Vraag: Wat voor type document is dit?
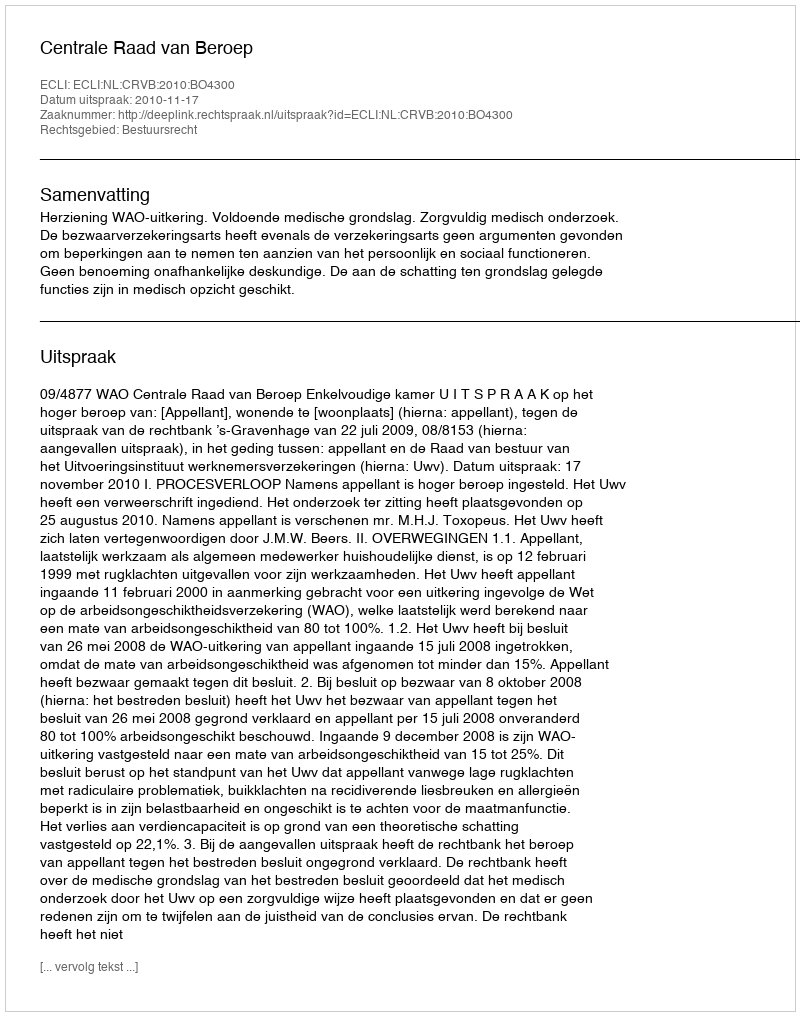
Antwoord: Uitspraak